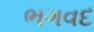
ભગવદ